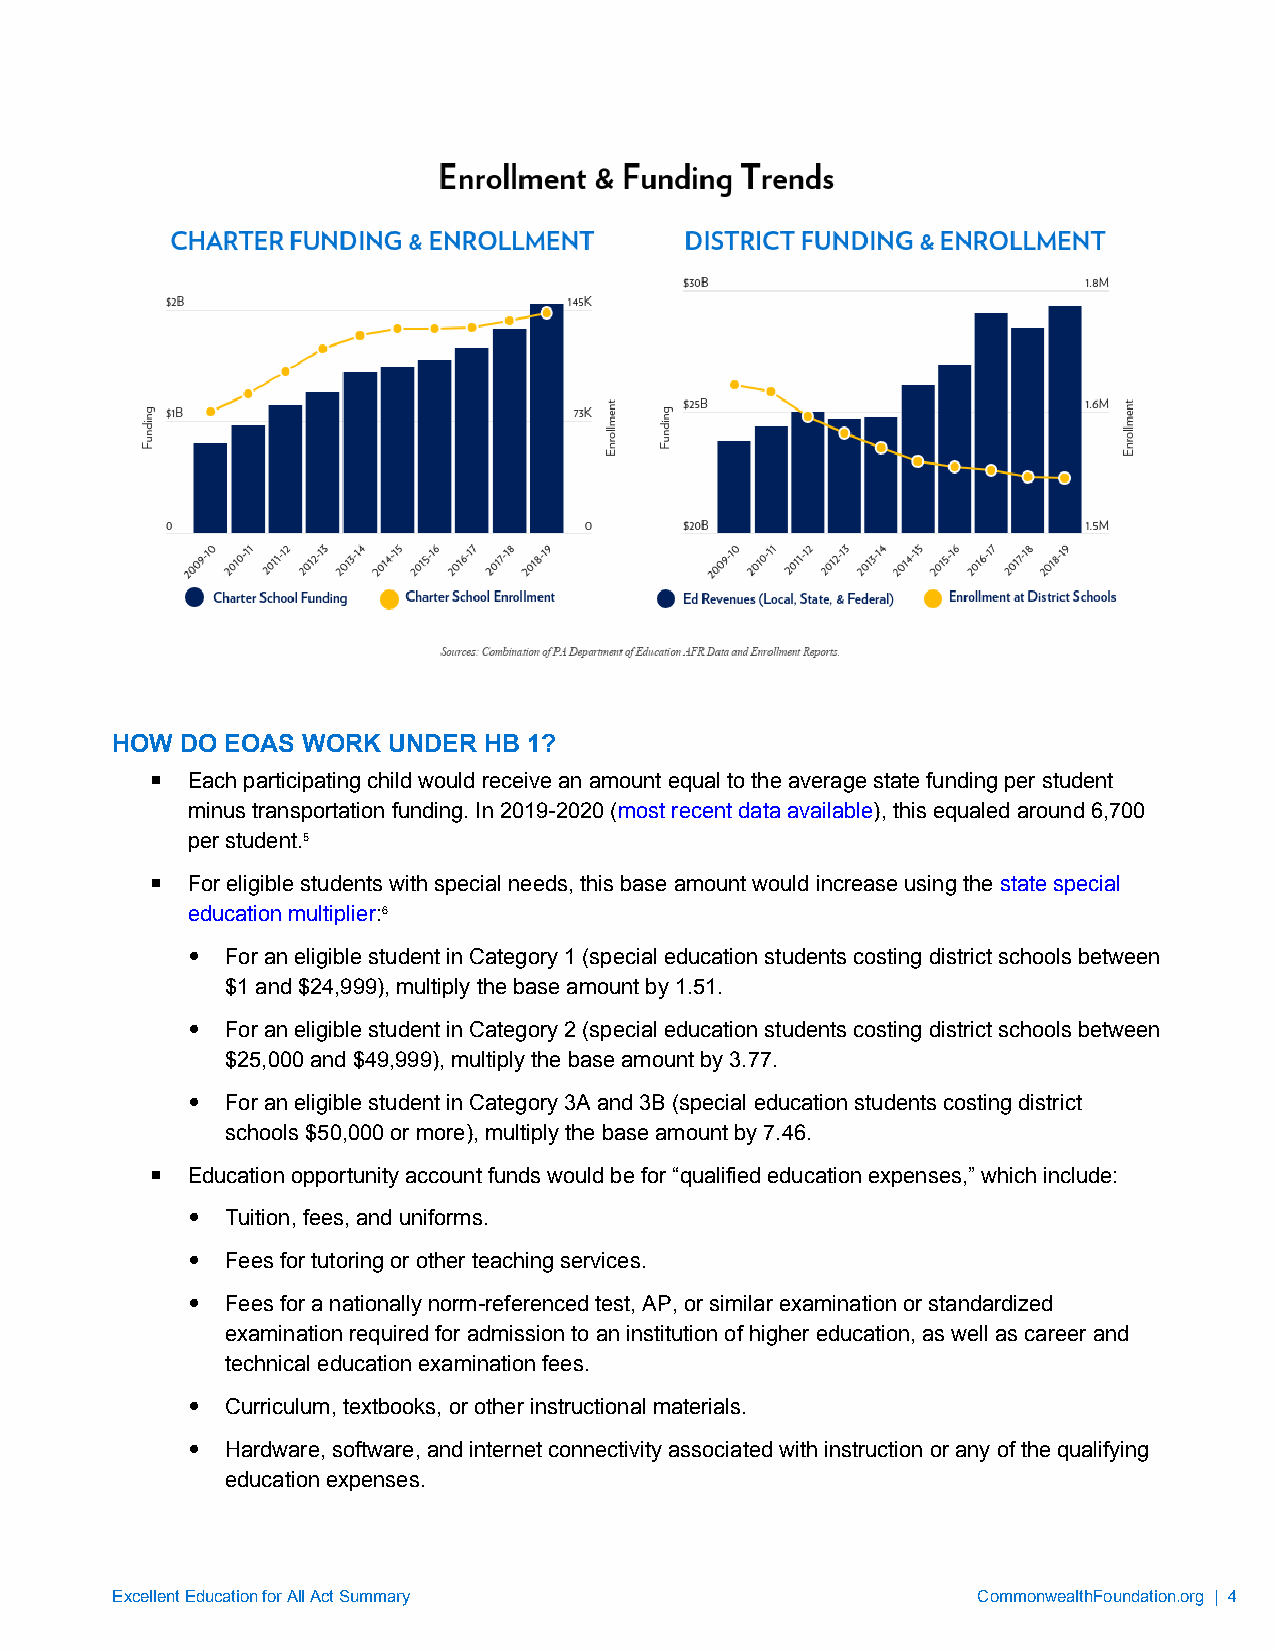
HOW  DO EOAS WORK  UNDER HB 1?
  Each participating child would receive an amount equal to the average state funding per student
 minus transportation funding. In 2019-2020 (most recent data available), this equaled around 6,700
 per student.5
  For eligible students with special needs, this base amount would increase using the state special
 education multiplier:6
   For an eligible student in Category 1 (special education students costing district schools between
 $1 and $24,999), multiply the base amount by 1.51.
   For an eligible student in Category 2 (special education students costing district schools between
 $25,000 and $49,999), multiply the base amount by 3.77.
   For an eligible student in Category 3A and 3B (special education students costing district
 schools $50,000 or more), multiply the base amount by 7.46.
  Education opportunity account funds would be for “qualified education expenses,” which include:
   Tuition, fees, and uniforms.
   Fees for tutoring or other teaching services.
   Fees for a nationally norm-referenced test, AP, or similar examination or standardized
 examination required for admission to an institution of higher education, as well as career and
 technical education examination fees.
   Curriculum, textbooks, or other instructional materials.
   Hardware, software, and internet connectivity associated with instruction or any of the qualifying
 education expenses.
 Excellent Education for All Act Summary                   CommonwealthFoundation.org | 4